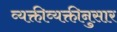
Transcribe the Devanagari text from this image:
व्यक्तीव्यक्तीनुसार